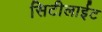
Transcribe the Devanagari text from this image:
सिटीलाईट